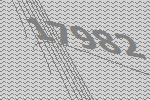
17982